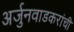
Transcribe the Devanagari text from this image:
अर्जुनवाडकरांची